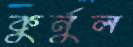
কুর্নুল